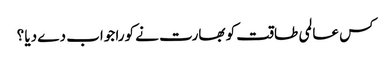
کس عالمی طاقت کو بھارت نے کورا جواب دے دیا ؟